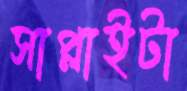
সাপ্লাইটা